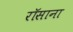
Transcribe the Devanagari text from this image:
रॉसाना